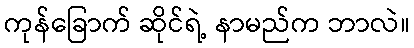
ကုန်ခြောက် ဆိုင်ရဲ့ နာမည်က ဘာလဲ။